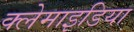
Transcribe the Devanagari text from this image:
क्लेमाइडिया